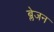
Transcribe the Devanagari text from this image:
ब्लेजन